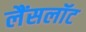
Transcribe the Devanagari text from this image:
लैंसलॉट